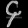
Digit: ၄